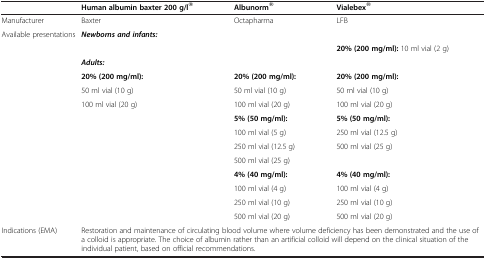
<table><thead><tr><td><b> </b></td><td><b>Human albumin baxter 200 g/l<sup>®</sup></b></td><td><b>Albunorm<sup>®</sup></b></td><td><b>Vialebex<sup>®</sup></b></td></tr></thead><tbody><tr><td>Manufacturer</td><td>Baxter</td><td>Octapharma</td><td>LFB</td></tr><tr><td rowspan="10">Available presentations</td><td colspan="3"><b><i>Newborns and infants:</i></b></td></tr><tr><td colspan="2"> </td><td><b>20% (200 mg/ml):</b> 10 ml vial (2 g)</td></tr><tr><td colspan="3"><b><i>Adults:</i></b></td></tr><tr><td><b>20% (200 mg/ml):</b></td><td><b>20% (200 mg/ml):</b></td><td><b>20% (200 mg/ml):</b></td></tr><tr><td>50 ml vial (10 g)</td><td>50 ml vial (10 g)</td><td>50 ml vial (10 g)</td></tr><tr><td rowspan="5">100 ml vial (20 g)</td><td>100 ml vial (20 g)</td><td>100 ml vial (20 g)</td></tr><tr><td><b>5% (50 mg/ml):</b></td><td><b>5% (50 mg/ml):</b></td></tr><tr><td>100 ml vial (5 g)</td><td>250 ml vial (12.5 g)</td></tr><tr><td>250 ml vial (12.5 g)</td><td>500 ml vial (25 g)</td></tr><tr><td>500 ml vial (25 g)</td><td> </td></tr><tr><td rowspan="4"> </td><td rowspan="4"> </td><td><b>4% (40 mg/ml):</b></td><td><b>4% (40 mg/ml):</b></td></tr><tr><td>100 ml vial (4 g)</td><td>100 ml vial (4 g)</td></tr><tr><td>250 ml vial (10 g)</td><td>250 ml vial (10 g)</td></tr><tr><td>500 ml vial (20 g)</td><td>500 ml vial (20 g)</td></tr><tr><td>Indications (EMA)</td><td colspan="3">Restoration and maintenance of circulating blood volume where volume deficiency has been demonstrated and the use of a colloid is appropriate. The choice of albumin rather than an artificial colloid will depend on the clinical situation of the individual patient, based on official recommendations.</td></tr></tbody></table>